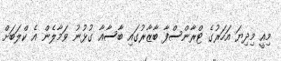
މިއީ މިދިޔަ އަހަރުގެ ޓްރާންސްފާ ބާޒާރުގައި ބާސާއާ ގުޅުނު ވަމާލެން އެ ކްލަބަށް